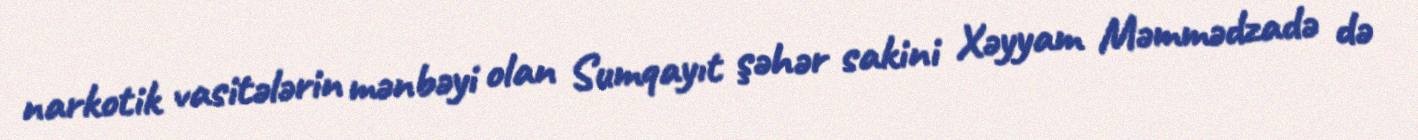
narkotik vasitələrin mənbəyi olan Sumqayıt şəhər sakini Xəyyam Məmmədzadə də